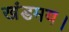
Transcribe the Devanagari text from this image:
खंडमय।